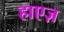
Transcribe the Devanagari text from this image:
हाएज़